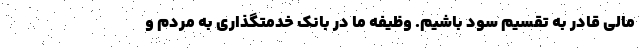
مالی قادر به تقسیم سود باشیم. وظیفه ما در بانک خدمتگذاری به مردم و